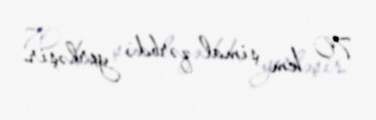
70 km şimal-qərbdə yerləşir.